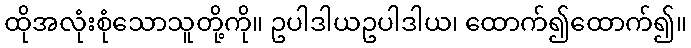
ထိုအလုံးစုံသောသူတို့ကို။ ဥပါဒါယဥပါဒါယ၊ ထောက်၍ထောက်၍။